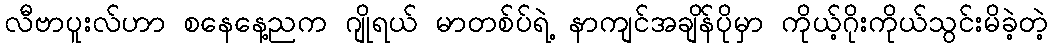
လီဗာပူးလ်ဟာ စနေနေ့ညက ဂျိုရယ် မာတစ်ပ်ရဲ့ နာကျင်အချိန်ပိုမှာ ကိုယ့်ဂိုးကိုယ်သွင်းမိခဲ့တဲ့